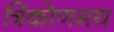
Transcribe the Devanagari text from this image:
त्रिकोणमय